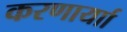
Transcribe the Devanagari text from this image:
करणार्याा